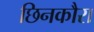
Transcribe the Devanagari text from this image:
छिनकौरा